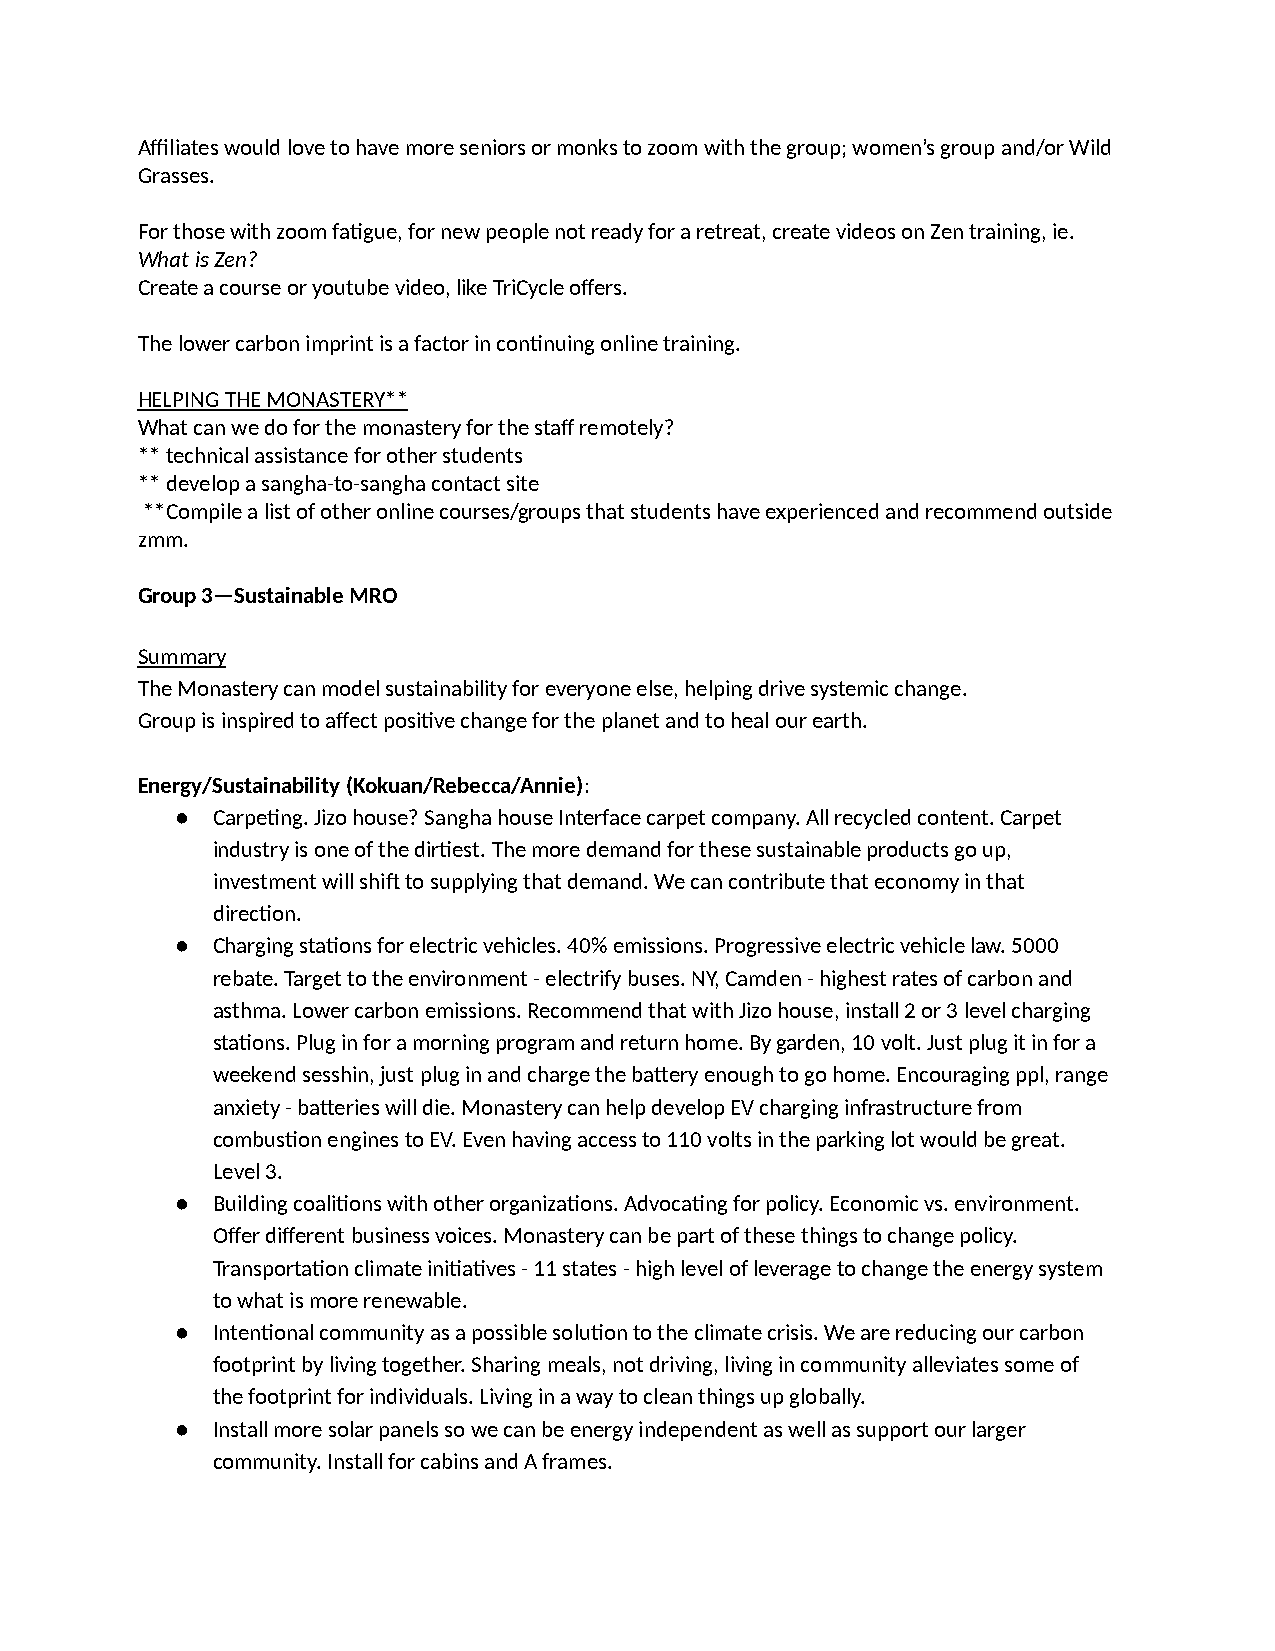
Affiliates would love to have more seniors or monks to zoom with the group; women’s group and/or Wild
 Grasses.
 For those with zoom fa>gue, for new people not ready for a retreat, create videos on Zen training, ie.
 What is Zen?
 Create a course or youtube video, like TriCycle offers.
 The lower carbon imprint is a factor in con>nuing online training.
 HELPING THE MONASTERY**
 What can we do for the monastery for the staff remotely?
 ** technical assistance for other students
 ** develop a sangha-to-sangha contact site
 **Compile a list of other online courses/groups that students have experienced and recommend outside
 zmm.
 Group 3—Sustainable MRO
 Summary
 The Monastery can model sustainability for everyone else, helping drive systemic change.
 Group is inspired to affect posi>ve change for the planet and to heal our earth.
 Energy/Sustainability (Kokuan/Rebecca/Annie):
 ● Carpe>ng. Jizo house? Sangha house Interface carpet company. All recycled content. Carpet
 industry is one of the dir>est. The more demand for these sustainable products go up,
 investment will shi^ to supplying that demand. We can contribute that economy in that
 direc>on.
 ● Charging sta>ons for electric vehicles. 40% emissions. Progressive electric vehicle law. 5000
 rebate. Target to the environment - electrify buses. NY, Camden - highest rates of carbon and
 asthma. Lower carbon emissions. Recommend that with Jizo house, install 2 or 3 level charging
 sta>ons. Plug in for a morning program and return home. By garden, 10 volt. Just plug it in for a
 weekend sesshin, just plug in and charge the baGery enough to go home. Encouraging ppl, range
 anxiety - baGeries will die. Monastery can help develop EV charging infrastructure from
 combus>on engines to EV. Even having access to 110 volts in the parking lot would be great.
 Level 3.
 ● Building coali>ons with other organiza>ons. Advoca>ng for policy. Economic vs. environment.
 Offer different business voices. Monastery can be part of these things to change policy.
 Transporta>on climate ini>a>ves - 11 states - high level of leverage to change the energy system
 to what is more renewable.
 ● Inten>onal community as a possible solu>on to the climate crisis. We are reducing our carbon
 footprint by living together. Sharing meals, not driving, living in community alleviates some of
 the footprint for individuals. Living in a way to clean things up globally.
 ● Install more solar panels so we can be energy independent as well as support our larger
 community. Install for cabins and A frames.